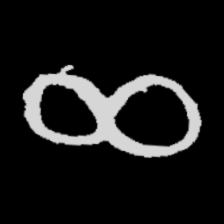
Pyu character \u2014 Myanmar letter: ဆ (romanized: cha)